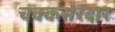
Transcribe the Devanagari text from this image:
चक्कसरदार